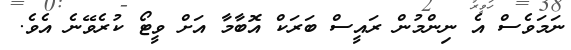
ނަމަވެސް އެ ނިންމުން ރައީސް ބަރަކް އޮބާމާ އަށް ވީޓޯ ކުރެވޭނެ އެވެ.